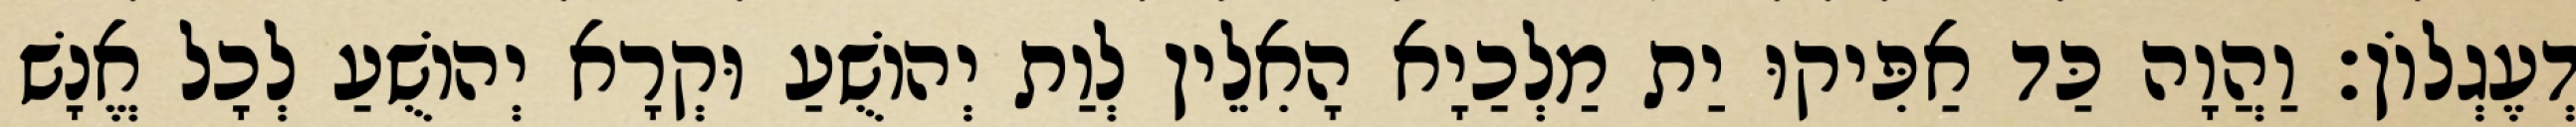
דְעֶגְלוֹן׃ וַהֲוָה כַּד אַפִּיקוּ יַת מַלְכַיָא הָאִלֵין לְוַת יְהוֹשֻׁעַ וּקְרָא יְהוֹשֻׁעַ לְכָל אֱנָשׁ